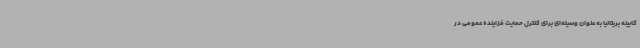
کابینه بریتانیا به عنوان وسیله‌ای برای کنترل حمایت فزاینده عمومی در